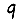
Digit: 9